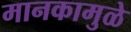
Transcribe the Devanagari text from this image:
मानकामुळे